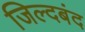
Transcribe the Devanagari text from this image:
जिल्दबंद